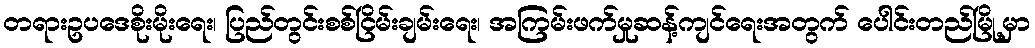
တရားဥပဒေစိုးမိုးရေး၊ ပြည်တွင်းစစ်ငြိမ်းချမ်းရေး၊ အကြမ်းဖက်မှုဆန့်ကျင်ရေးအတွက် ပေါင်းတည်မြို့မှာ